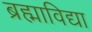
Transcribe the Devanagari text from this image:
ब्रह्माविद्या